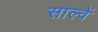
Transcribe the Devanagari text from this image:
साल्वें